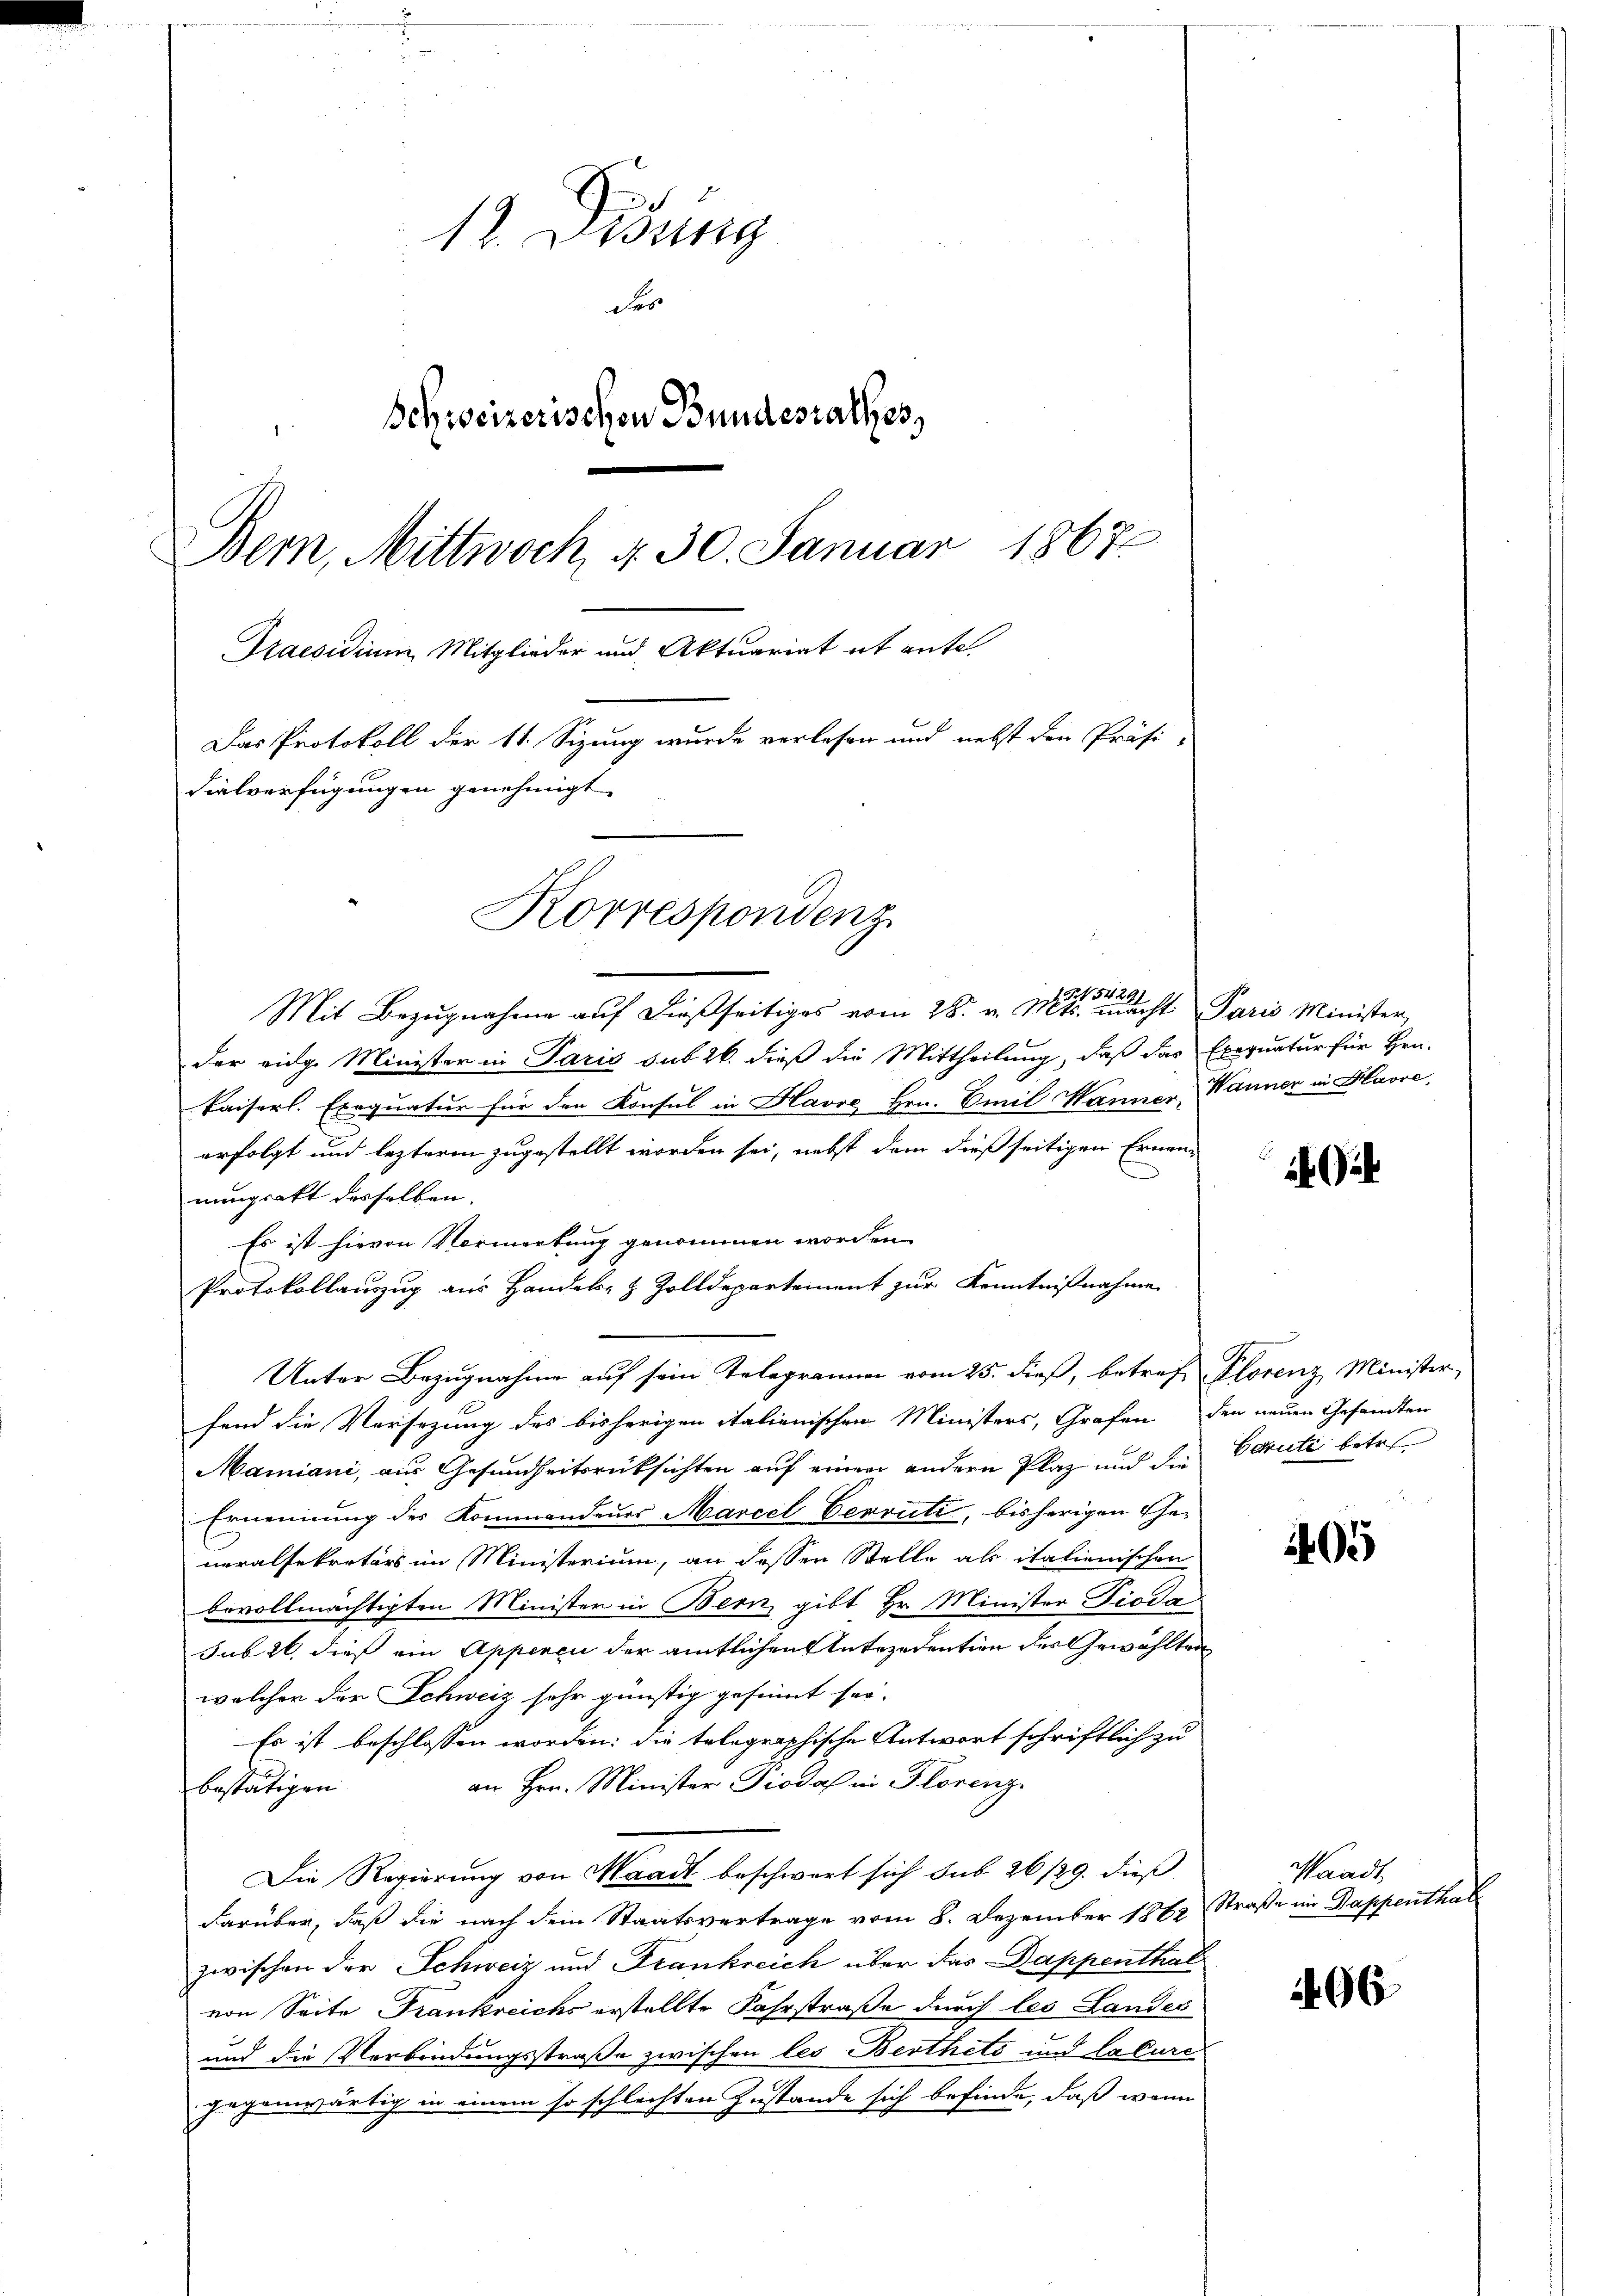
12. Disung
des
Schweizerischen Bundesrathes,
Bern, Mittwoch, d. 30. Januar 1867
Praesidium Mitglieder und Aktuariat et entel
Das Protokoll der 11. Sizung wurde verlesen und nebst den Präsi-
dialverfügungen genehmigt.
Korrespondenz

Mit Bezugnahme auf dießseitiges vom 28. v. Mts. macht Paris Minister
der eidg. Minister in Paris sub 26. dieß die Mittheilung, daß das Exequatur für Hrn.
kaiserl. Exequatur für den Konsul in Havre Hrn. Emil Wanner, Wanner in Havre,
erfolgt und lezteren zugestellt worden sei, nebst dem dießseitigen Ernen-
nunprakt desselben.
Es ist hievon Vormerkung genommen worden.
Protokollauszug aus Handel- & Zolldepartement zur Kenntnißnahme
Unter Bezugnahme auf sein Telegrammen vom 25. dieß, betreff Plorenz Minister,
fend die Vorsezung des bisherigen italienischen Ministers, Grafen den neuen Gesandten
Mainiani, aus Gesundheitsrücksichten auf einem andern Plaz und die Verute betre
Ernennung des Kommandeurs Marcel Verrüti, bisherigen Generalsekretärs im Ministerium, an dessen Stelle als italienischen
bevollmächtigten Minister in Bern, gibt Hr. Minister Pioda
sub 26 dies ein Appenci der amtlichen Unteredention des Gewählten
welcher der Schweiz sehr günstig gesinnt sei.
Es ist beschlossen worden: die telegraphische Antwort schriftlich zu
an Hrn. Minister Todal in Florenz
bestätigen
Die Regierung von Waadt beschwart sich sub 26/29. dieß
darüber, daß die nach dem Staatsvertrage vom 8. Dezember 1862, Straße im Dappenthal
zwischen der Schweiz und Frankreich über das Dappenthal
von Seite Frankreichs erstellte Fahrstraße durch les Landes
und die Verbindungsstraße zwischen les Berthets und lacuri
gegenwärtig in einem so schlechten Zustande sich befinde, daß wenn

1405

Waadt

96